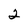
Character: 2